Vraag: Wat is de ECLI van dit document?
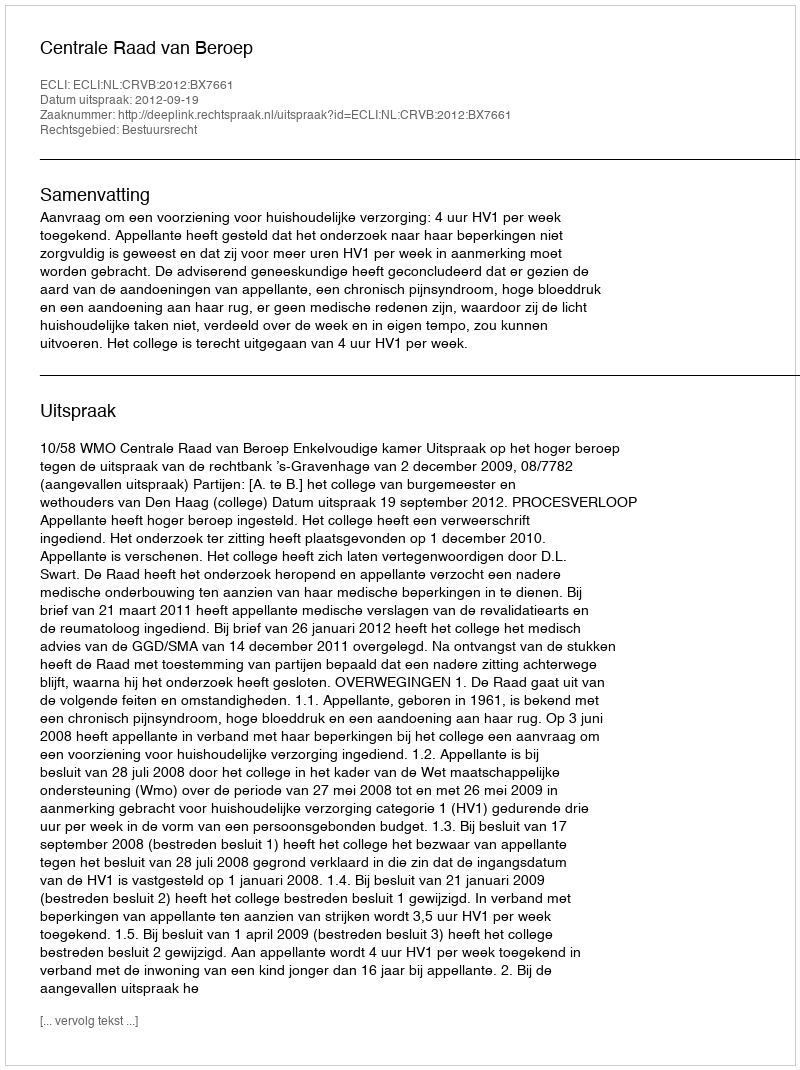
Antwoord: ECLI:NL:CRVB:2012:BX7661